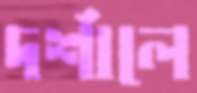
দর্শালে